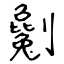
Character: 劖